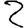
Digit: 2